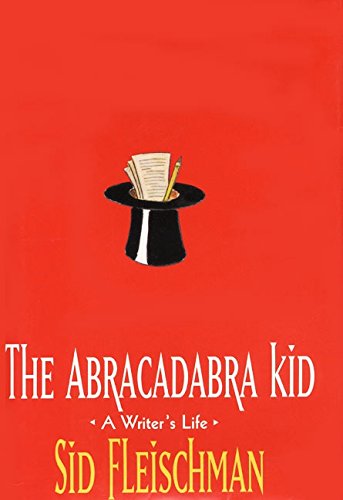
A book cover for The Abracadabra Kid: A Writer's Life; Sid Fleischman; Children's Books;